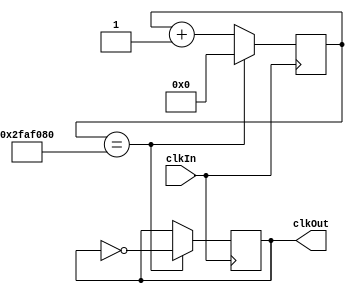
`timescale 1ns / 1ps

module doorClk(
    input clkIn,
    output reg clkOut
    );
    reg [31:0] counter;
    always @(posedge clkIn) begin
        if (counter == 50000000) begin // 100-000-000 or 1 second
            counter <= 0;
            clkOut <= ~clkOut;
        end
        else begin
            counter <= counter + 1;        
        end
    end
endmodule